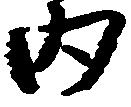
内